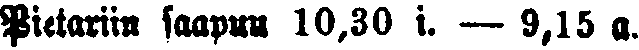
Pietariin saapuu 10,30 i. — 9,15 a.